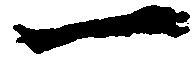
一